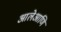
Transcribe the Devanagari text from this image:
आलेआणि